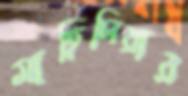
মাহিদিয়ার